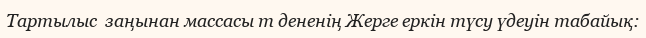
Тартылыс  заңынан массасы m дененің Жерге еркін түсу үдеуін табайық: